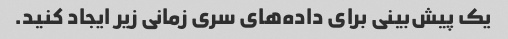
یک پیش‌بینی برای داده‌های سری زمانی زیر ایجاد کنید.